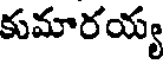
కుమారయ్య